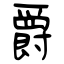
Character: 爵